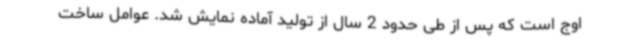
اوج است که پس از طی حدود 2 سال از تولید آماده نمایش شد. عوامل ساخت